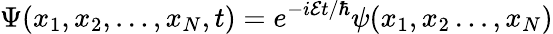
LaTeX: \Psi(x_{1},x_{2},\ldots,x_{N},t)=e^{-i\mathcal{E}t/\hbar}\psi(x_{1},x_{2}\ldots,x_{N})